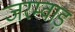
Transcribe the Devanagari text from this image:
जरम्वाड़